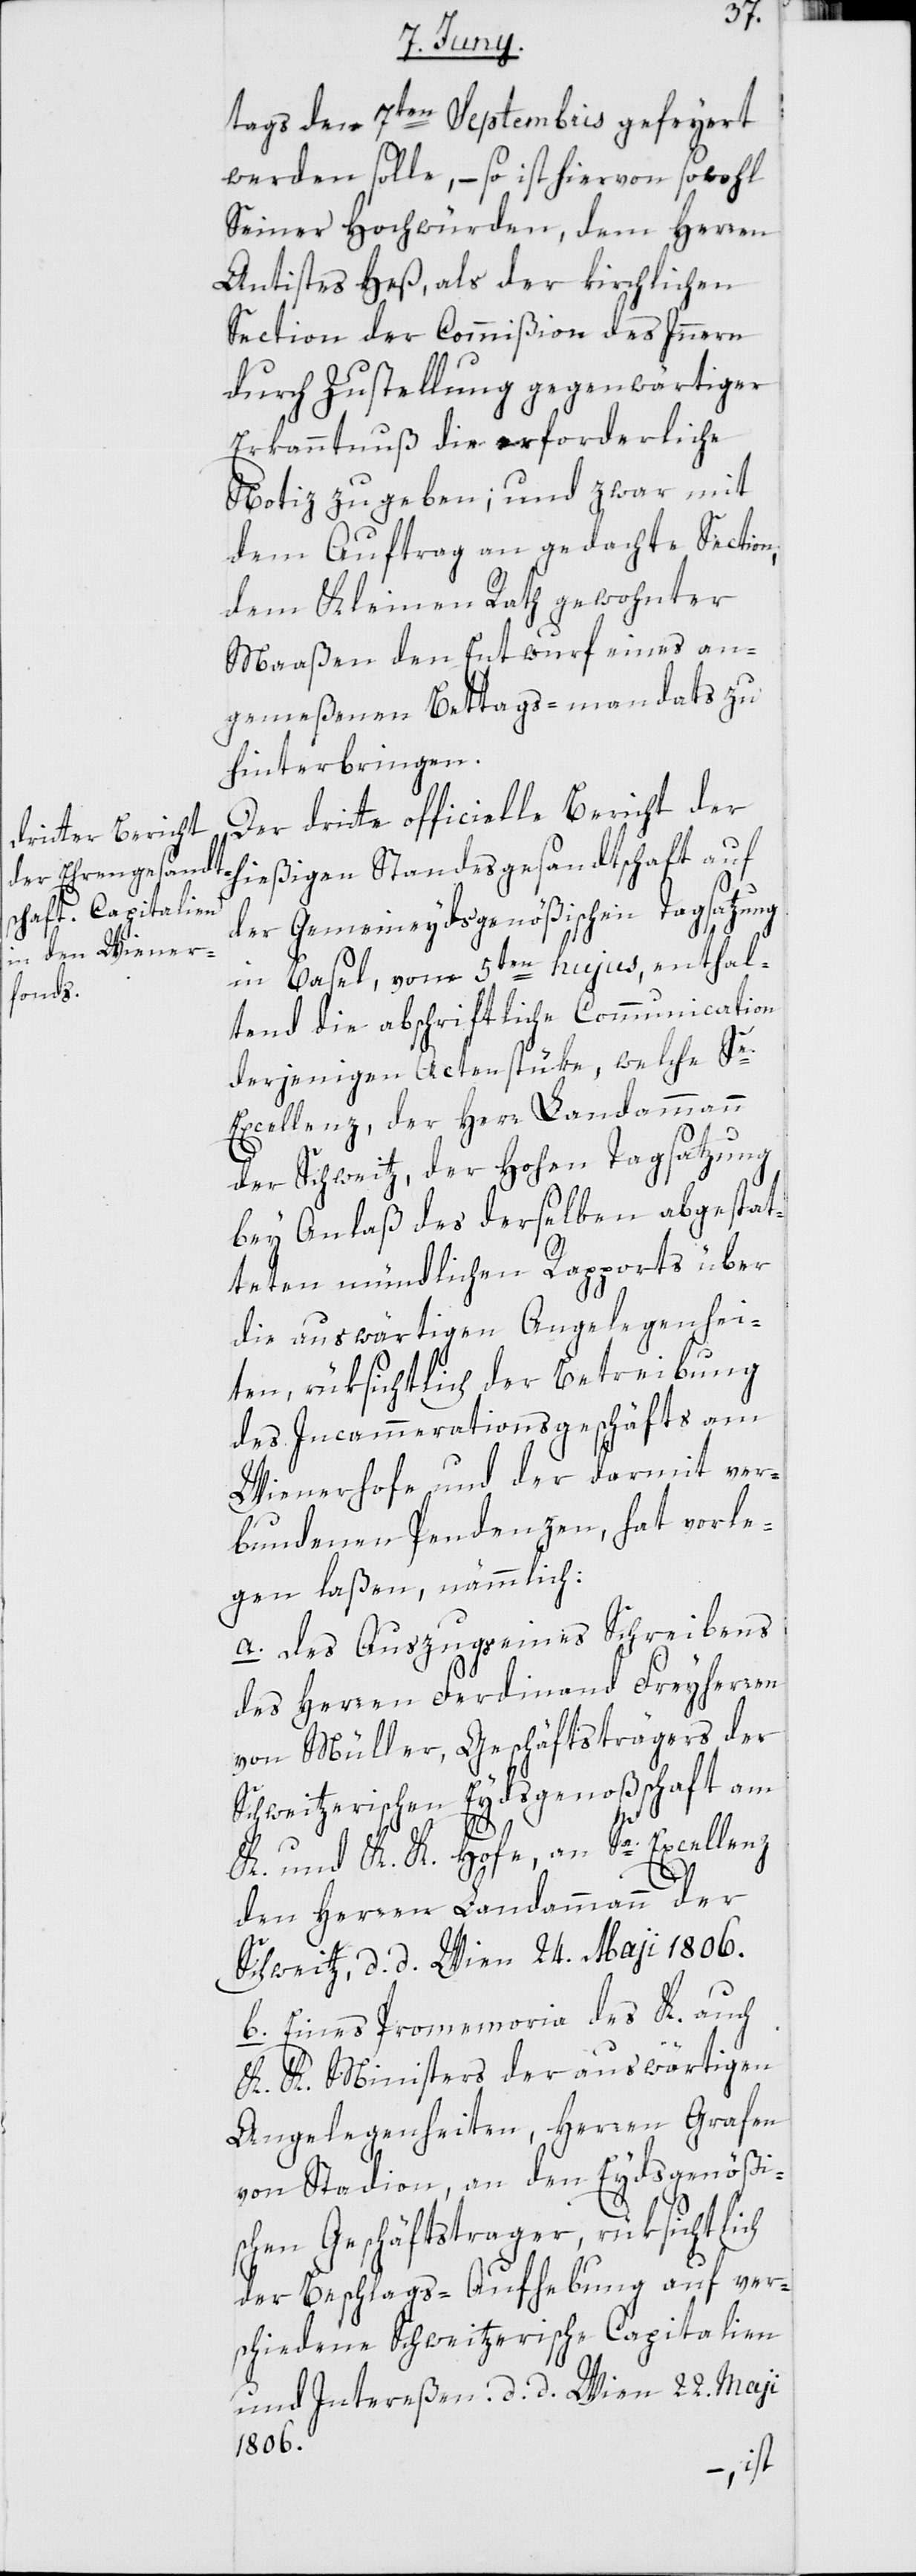
tags den 7ten Septembris gefeyert
werden solle, – so ist hiervon sowohl
Seiner Hochwürden, dem Herren
Antistes Heß, als der kirchlichen
Section der Commißion des Innern
durch Zustellung gegenwärtiger
Erkanntnuß die erforderliche
Notiz zu geben; und zwar mit
dem Auftrag an gedachte Section,
dem Kleinen Rath gewohnter
Maaßen den Entwurf eines an¬
gemeßenen Bettags-mandats zu
hinterbringen.
Der dritte officielle Bericht der
hießigen Standesgesandtschaft auf
der Gemeineydsgenößischen Tagsatzung
in Basel, vom 5ten hujus, enthal¬
tend die abschriftliche Communication
derjenigen Actenstüke, welche Se.
Excellenz, der Herr Landammann
der Schweitz, der hohen Tagsatzung
bey Anlaß des derselben abgestat¬
teten mündlichen Rapports über
die auswärtigen Angelegenhei¬
ten, rüksichtlich der Betreibung
des Incammerationsgeschäfts am
Wienerhofe und der darmit ver¬
bundenen Pendenzen, hat vorle¬
sen laßen, nämmlich:
a) Des Auszugs eines Schreibens
des Herren Ferdinand Freyherren
von Müller, Geschäftsträgers der
Schweitzerischen Eydsgenoßschaft am
K. und K. K. Hofe, an Se. Excellenz
den Herren Landammann der
Schweitz, d. d. Wien 24. May 1806.
b) Eines Promemoria des K. auch
K. K. Ministers der auswärtigen
Angelegenheiten, Herren Grafen
von Stadion, an den Eydsgenößi¬
schen Geschäftsträger, rüksichtlich
der Beschlags-Aufhebung auf ver¬
schiedene Schweitzerische Capitalien
und Interessen, d. d. Wien 22. May
1806.